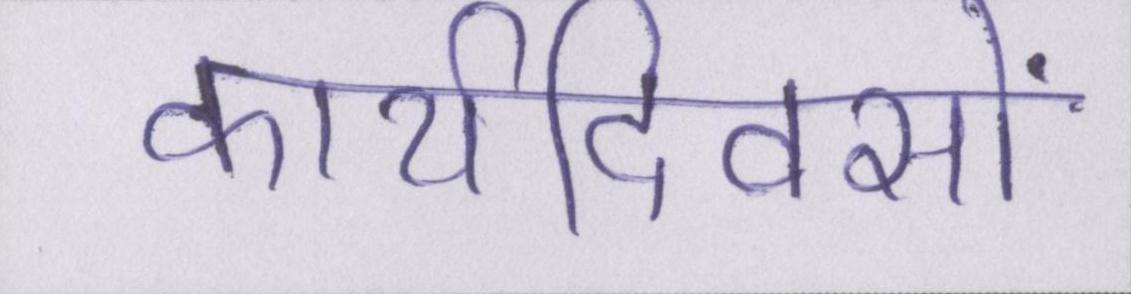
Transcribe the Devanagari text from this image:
कार्यदिवसों